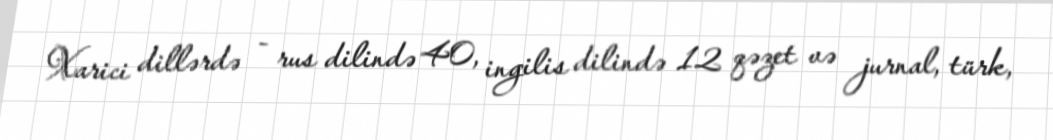
Xarici dillərdə - rus dilində 40, ingilis dilində 12 qəzet və jurnal, türk,